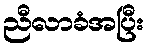
ညီလာခံအပြီး